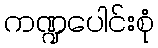
ကဏ္ဍပေါင်းစုံ